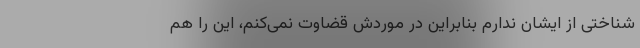
شناختی از ایشان ندارم بنابراین در موردش قضاوت نمی‌کنم، این را هم